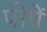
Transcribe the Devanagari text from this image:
पीपें